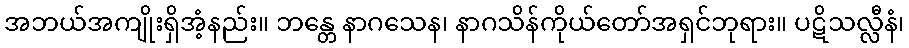
အဘယ်အကျိုးရှိအံ့နည်း။ ဘန္တေ နာဂသေန၊ နာဂသိန်ကိုယ်တော်အရှင်ဘုရား။ ပဋိသလ္လီနံ၊